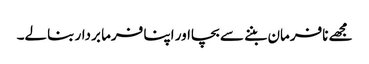
مجھے نافرمان بننے سے بچااور اپنا فرما بردار بنالے۔